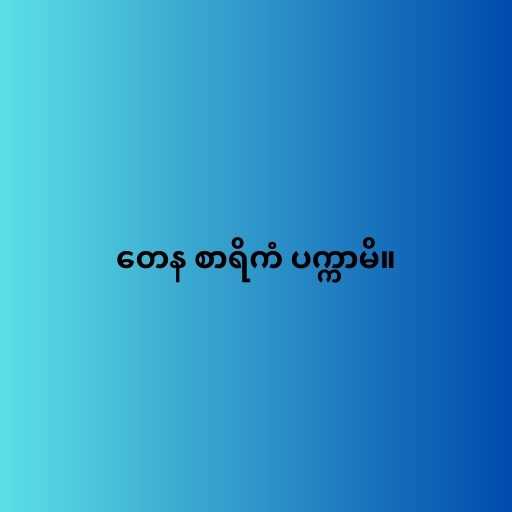
တေန စာရိကံ ပက္ကာမိ။